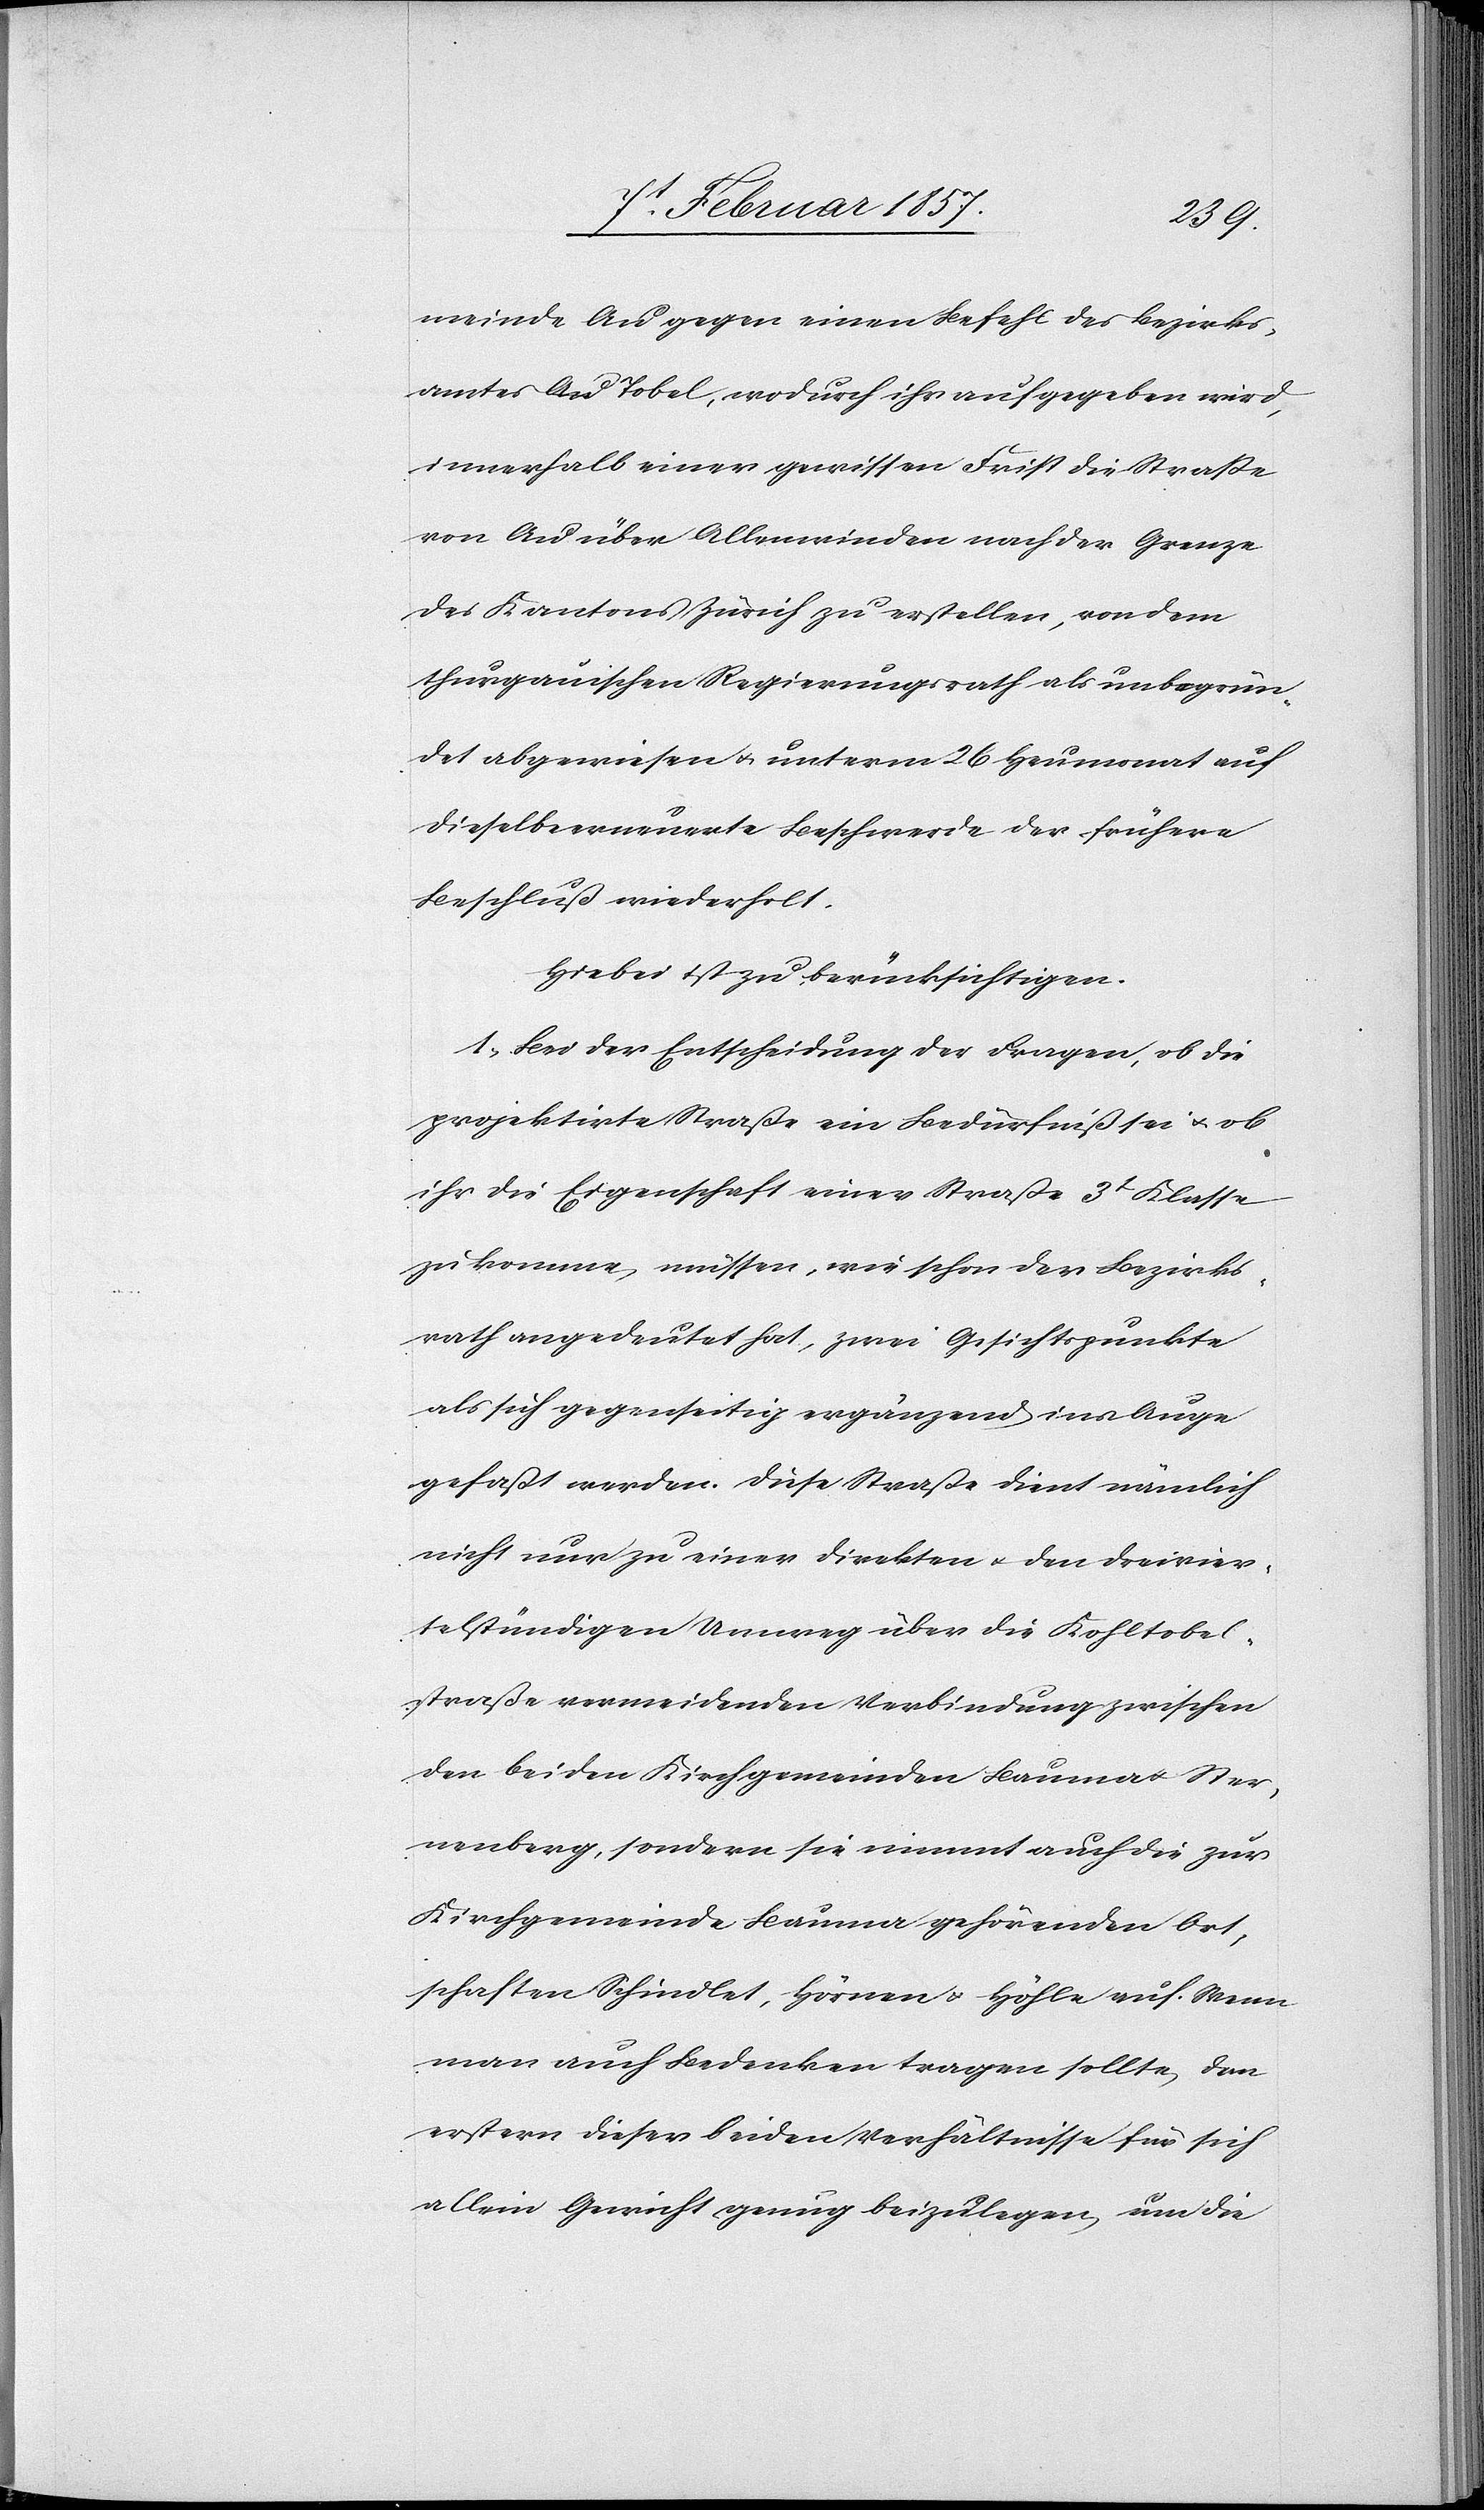
meinde Au gegen einen Befehl des Bezirks¬
amtes Au Tobel, wodurch ihr aufgegeben wird,
innerhalb einer gewissen Frist die Straße
von Au über Allenwinden nach der Grenze
des Kantons Zürich zu erstellen, von dem
thurgauischen Regierungsrath als unbegrün¬
det abgewiesen u. unterm 26 Heumonat auf
dieselbe erneuerte Beschwerde der frühere
Beschluß wiederholt.
Hiebei ist zu berücksichtigen.
1. Bei der Entscheidung der Fragen, ob die
projektirte Straße ein Bedürfniß sei u. ob
ihr die Eigenschaft einer Straße 3t Klasse
zukomme müssen, wie schon der Bezirks¬
rath angedeutet hat, zwei Gesichtspunkte
als sich gegenseitig ergänzend ins Auge
gefaßt werden. Diese Straße dient nämlich
nicht nur zu einer direkten u. den Dreivier¬
telstündigen Umweg über die Kohltobel¬
straße vermeidenden Verbindung zwischen
den beiden Kirchgemeinden Bauma u. Ster¬
nenberg, sondern sie nimmt auch die zur
Kirchgemeinde Bauma gehörenden Ort¬
schaften Schindlet, Hörnen u. Höhle auf. Wenn
man auch Bedenken tragen sollte, den
erstern dieser beiden Verhältnisse für sich
allein Gewicht genug beizulegen, um die